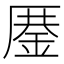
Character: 𰆨